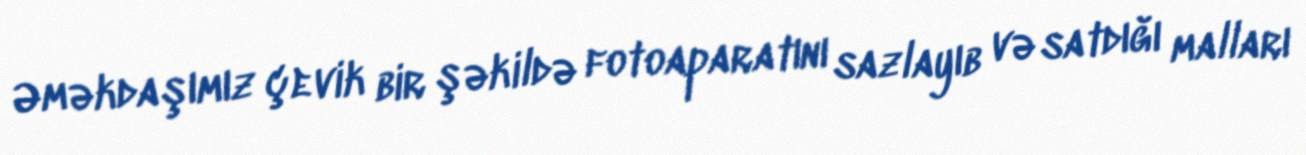
Əməkdaşımız çevik bir şəkildə fotoaparatını sazlayıb və satdığı malları